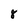
Character: 8